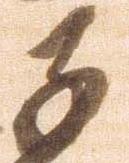
子